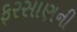
ફરસાણની